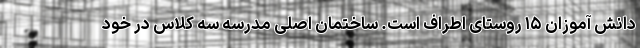
دانش آموزان ۱۵ روستای اطراف است. ساختمان اصلی مدرسه سه کلاس در خود